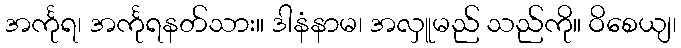
အင်္ကုရ၊ အင်္ကုရနတ်သား။ ဒါနံနာမ၊ အလှူမည် သည်ကို။ ဝိစေယျ၊